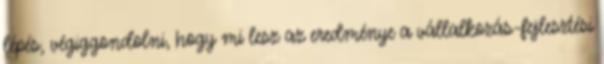
lépés, végiggondolni, hogy mi lesz az eredménye a vállalkozás-fejlesztési